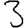
Digit: 3